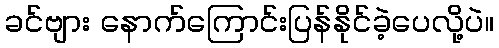
ခင်ဗျား နောက်ကြောင်းပြန်နိုင်ခဲ့ပေလို့ပဲ။